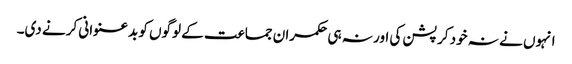
انہوں نے نہ خود کرپشن کی اور نہ ہی حکمران جماعت کے لوگوں کو بدعنوانی کرنے دی۔